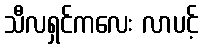
သီလရှင်ကလေး လာပင့်